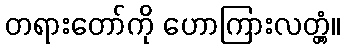
တရားတော်ကို ဟောကြားလတ္တံ့။